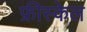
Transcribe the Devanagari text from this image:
फ्रीस्केल